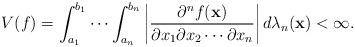
LaTeX: \begin{align*}V(f)=\int_{a_1 }^{b_1 } { \cdots \int_{a_n }^{b_n } {\left| {\frac{{\partial ^n f({\mathbf{x}})}}{{\partial x_1 \partial x_2 \cdots \partial x_n }}} \right|d\lambda _n ({\mathbf{x}})} } < \infty. \end{align*}